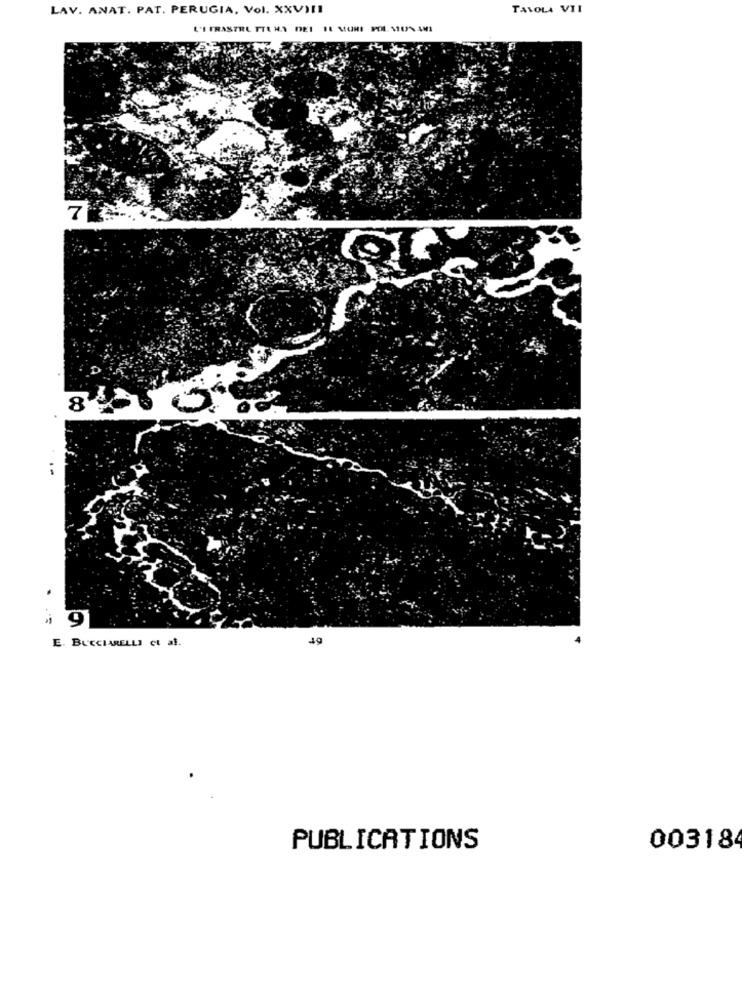
LAV. ANAT. PAT. PERUGIA, Vol. XXVIII
TAVOLA VII
L'I FRASTRU TTL HAS DEI 11 MONI POL MIUN AMI
7
8000
i 9
E. BUCCIARELLI CL al.
40
PUBLICATIONS
003184